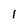
Character: 1